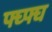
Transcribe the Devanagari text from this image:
फ्घ्फ्घ